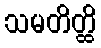
သမတိတ္ထိ